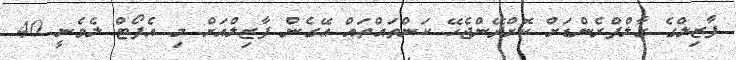
ފާޒިލްގެ ގާލްފްރެންޑަށް ކޮށްދޭންޖެހޭ ކަންތައްތައް އޭގެން ފާޒިލްއަށް މި އެފޯޓް ލެވެނީ 40